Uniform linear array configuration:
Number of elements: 12
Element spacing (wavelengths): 1
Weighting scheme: exponential
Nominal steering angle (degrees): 60
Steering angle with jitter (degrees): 58.025
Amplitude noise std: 0.05
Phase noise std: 0.05

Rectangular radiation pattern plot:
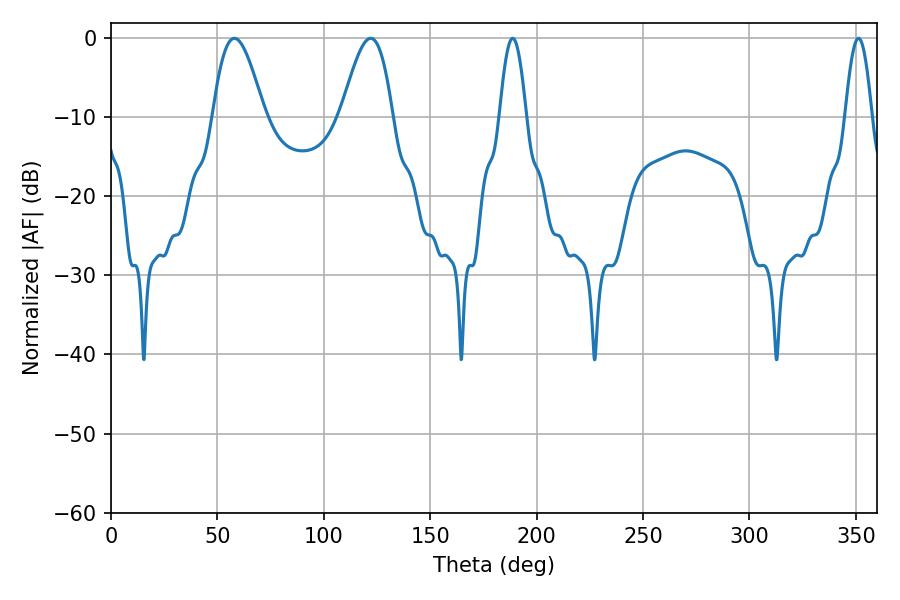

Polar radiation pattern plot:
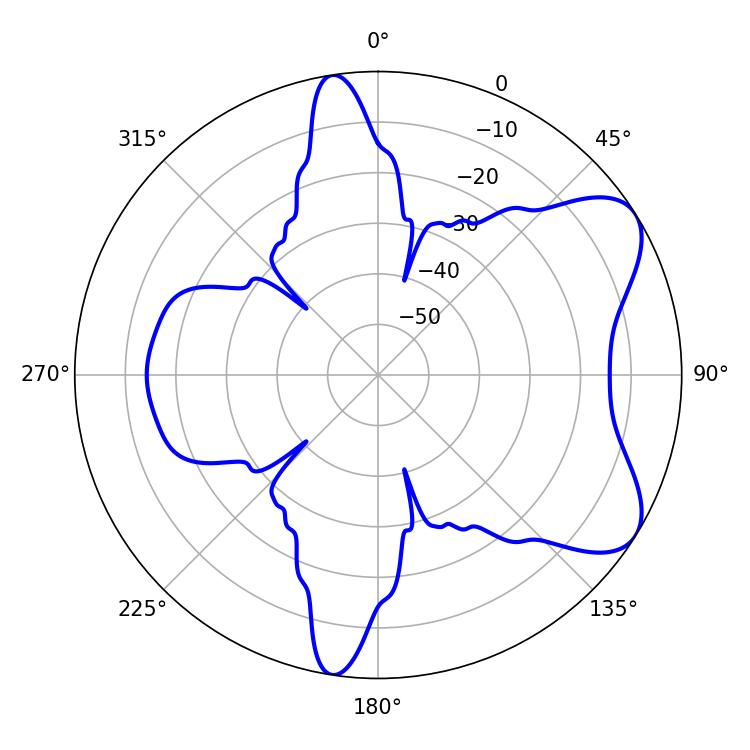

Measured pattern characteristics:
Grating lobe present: TRUE
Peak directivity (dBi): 7.092
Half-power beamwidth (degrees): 13.14
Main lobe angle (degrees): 57.96